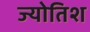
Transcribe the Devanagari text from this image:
ज्योतिश